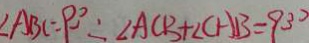
\angle A B C = 9 0 ^ { \circ } \therefore \angle A C B + \angle C A B = 9 3 ^ { \circ }